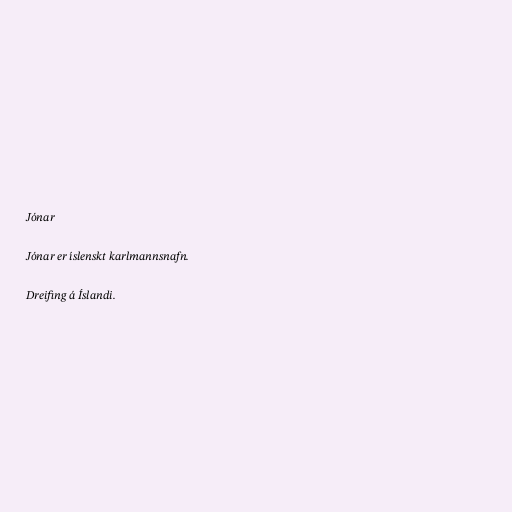
Jónar

Jónar er íslenskt karlmannsnafn.

Dreifing á Íslandi.